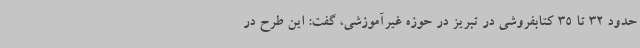
حدود 32 تا 35 کتابفروشی در تبریز در حوزه غیرآموزشی، گفت: این طرح در